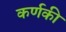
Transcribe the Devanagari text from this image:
कर्णकी